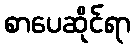
စာပေဆိုင်ရာ